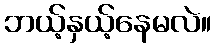
ဘယ့်နှယ့်နေမလဲ။